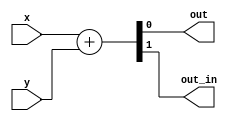
module half_adder_down (
    input x,y,
    output out,out_in
);
		assign {out_in,out}=x+y;
endmodule